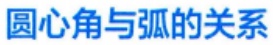
圆心角与弧的关系